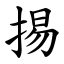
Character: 掦